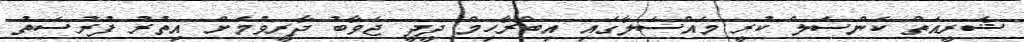
ޝަރީއަތް ކެންސަލް ކުރީ މައްސަލާގައި އިބްރާހިމް ދީދީ ޖަވާބު ދާރީވުމަށް އިތުރު ފުރުސަތު